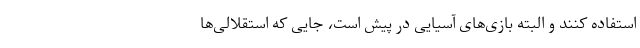
استفاده کنند و البته بازی‌های آسیایی در پیش است، جایی که استقلالی‌ها